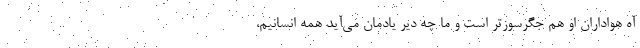
آه هواداران او هم جگرسوزتر است و ما چه دیر یادمان می‌آید همه انسانیم،